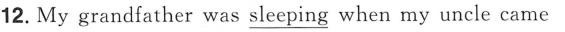
12. My grandfather was \underline{sleeping} when my uncle came